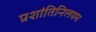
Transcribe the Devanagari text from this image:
प्रशांतिनिलयम